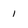
Character: 1